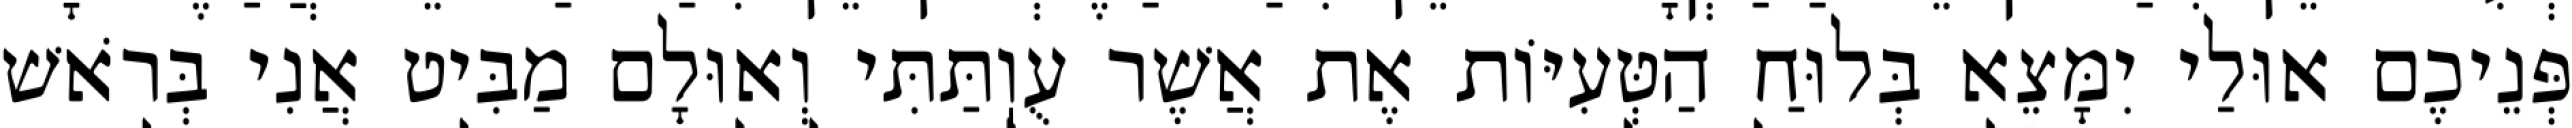
פְּנֵיכֶם אוּלַי יִמָּצֵא בְּלוּחַ הַטְּעִיּוֹת אֶת אֲשֶׁר עֻוֽתַּתִּי וְאוּלָם מַבִּיט אֲנִי בְּרֹאשׁ